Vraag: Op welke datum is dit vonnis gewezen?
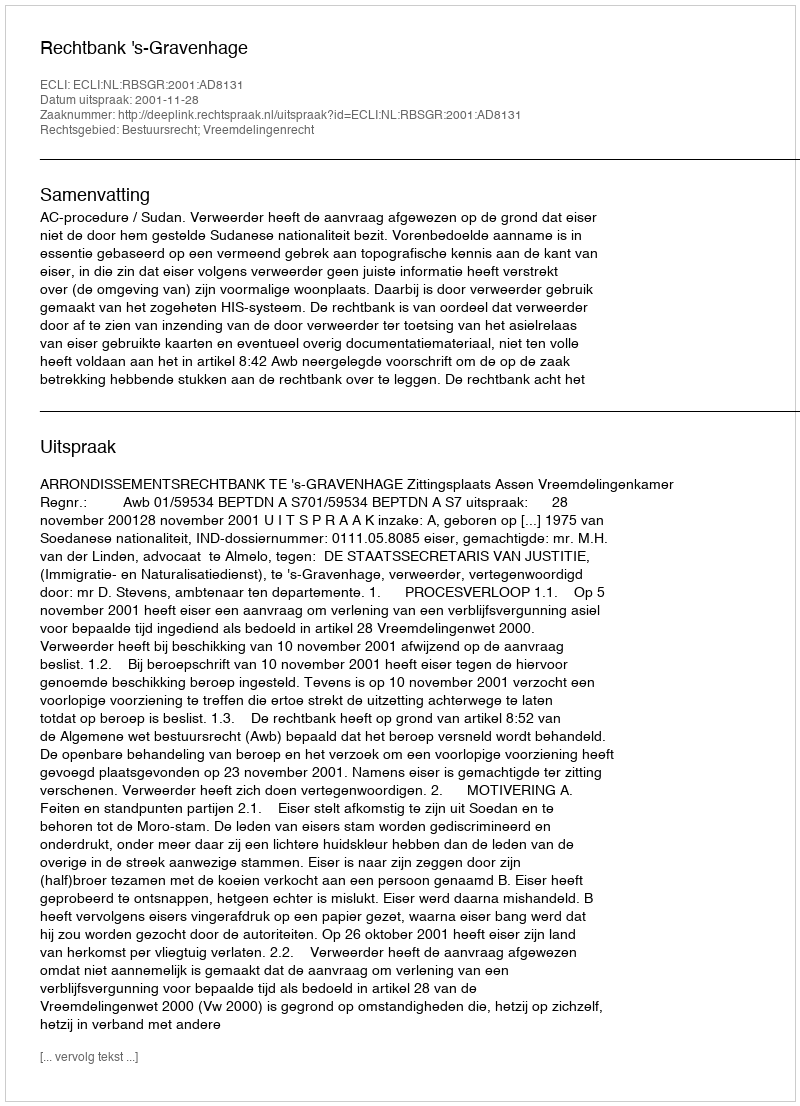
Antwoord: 2001-11-28